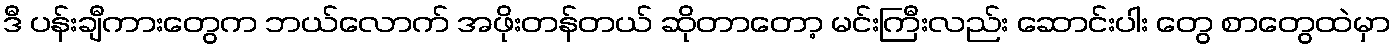
ဒီ ပန်းချီကားတွေက ဘယ်လောက် အဖိုးတန်တယ် ဆိုတာတော့ မင်းကြီးလည်း ဆောင်းပါး တွေ စာတွေထဲမှာ